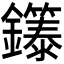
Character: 𬬞